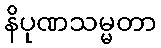
နိပုဏသမ္မတာ